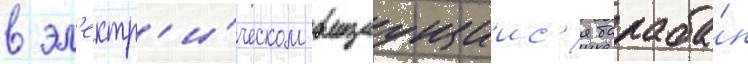
в эл'ектр'и́ческом вращаущиис'я бараба́н